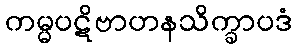
ကမ္မပဋိဗာဟနသိက္ခာပဒံ